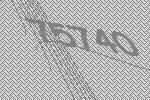
75740